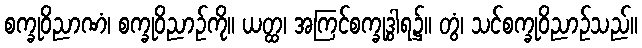
စက္ခုဝိညာဏံ၊ စက္ခုဝိညာဉ်ကို။ ယတ္ထ၊ အကြင်စက္ခုဒွါရ၌။ တွံ၊ သင်စက္ခုဝိညာဉ်သည်။